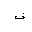
Letter: _fa